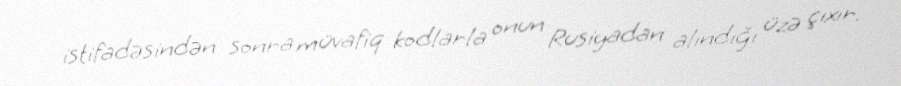
istifadəsindən sonra müvafiq kodlarla onun Rusiyadan alındığı üzə çıxır.